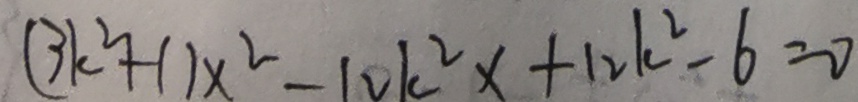
( 3 k ^ { 2 } + 1 ) x ^ { 2 } - 1 2 k ^ { 2 } x + 1 2 k ^ { 2 } - 6 = 0